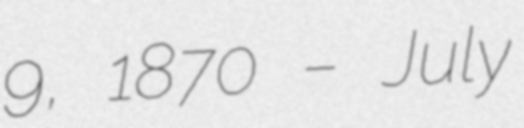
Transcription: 9, 1870 – July